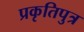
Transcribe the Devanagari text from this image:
प्रकृतिपुत्र